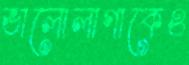
ভালোলাগাকেও